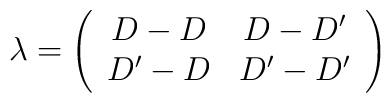
\lambda = \left(\begin{array}{cc}D - D  & D - D' \\ D' - D & D' - D'\end{array}\right)